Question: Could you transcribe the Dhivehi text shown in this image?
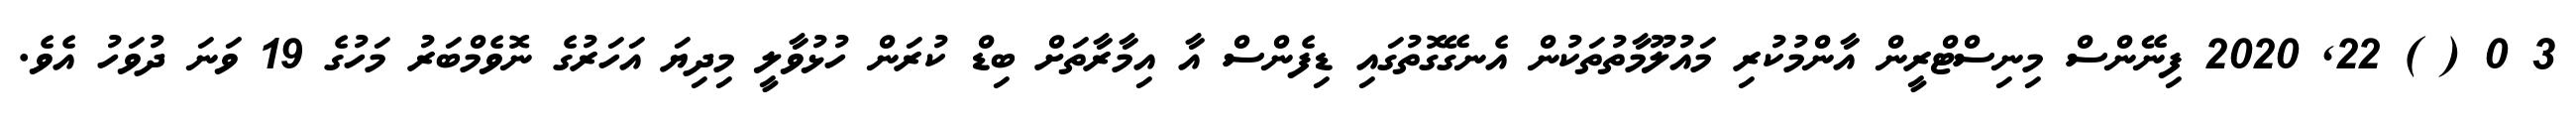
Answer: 3 0 ( ) 22, 2020 ފިނޭންސް މިނިސްޓްރީން އާންމުކުރި މައުލޫމާތުތަކުން އެނގޭގޮތުގައި ޑިފެންސް އާ އިމާރާތަށް ބިޑް ކުރަން ހުޅުވާލީ މިދިޔަ އަހަރުގެ ނޮވެމްބަރު މަހުގެ 19 ވަނަ ދުވަހު އެވެ.